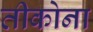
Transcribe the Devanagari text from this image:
तीकोना